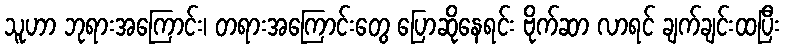
သူဟာ ဘုရားအကြောင်း၊ တရားအကြောင်းတွေ ပြောဆိုနေရင်း ဗိုက်ဆာ လာရင် ချက်ချင်းထပြီး